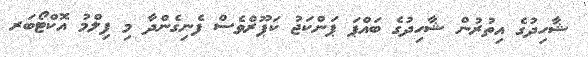
ޝާހިދުގެ އިތުރުން ޝާހިދުގެ ބައްޕަ ޕަންކަޖު ކަޕޫރްވެސް ފެނިގެންދާ މި ފިލްމު އޮކްޓޯބަރ